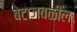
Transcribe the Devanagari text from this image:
बेटाजवळील